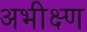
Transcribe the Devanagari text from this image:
अभीक्ष्ण